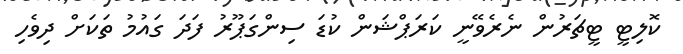
ކޮލިޓީ ޓީޗަރުން ނެރެވޭނީ ކަރަޕްޝަން ކުޑަ ސިންގަޕޫރު ފަދަ ގައުމު ތަކަށް ދިވެހި